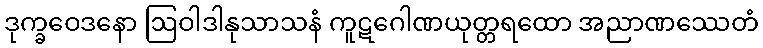
ဒုက္ခဝေဒနော ဩဝါဒါနုသာသနံ ကူဋဂေါဏယုတ္တရထော အညာဏဿေတံ